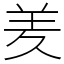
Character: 羑